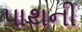
પાથની